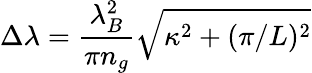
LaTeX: \Delta\lambda=\frac{\lambda_{B}^{2}}{\pi n_{g}}\sqrt{\kappa^{2}+(\pi/L)^{2}}